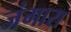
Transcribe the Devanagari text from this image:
जंगारा